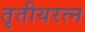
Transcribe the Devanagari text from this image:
तृतीयरत्न